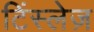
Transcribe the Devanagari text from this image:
टिंस्लेज़